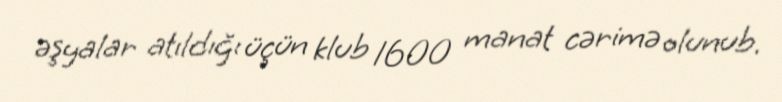
əşyalar atıldığı üçün klub 1600 manat cərimə olunub.